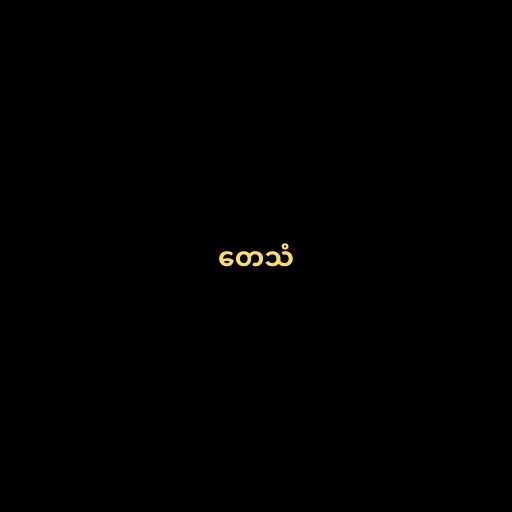
တေသံ